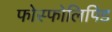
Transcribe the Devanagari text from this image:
फोस्फोलिपिड